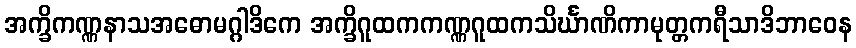
အက္ခိကဏ္ဏနာသအဓောမဂ္ဂါဒိကေ အက္ခိဂူထကကဏ္ဏဂူထကသိင်္ဃာဏိကာမုတ္တကရီသာဒိဘာဝေန